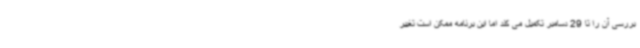
بررسی آن را تا 29 دسامبر تکمیل می کند اما این برنامه ممکن است تغییر